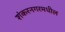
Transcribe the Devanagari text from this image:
शंकरनगरमधील